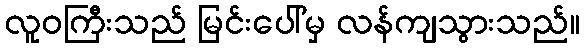
လူဝကြီးသည် မြင်းပေါ်မှ လန်ကျသွားသည်။